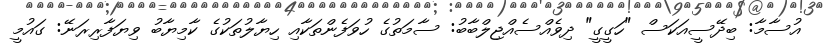
އުސާމާ: ބިދޭސީއަކަސް "ހަގީގީ" ދިވެއްސެއްޖިލްބާބު: ސާމަތުގެ ހުވަފެންތަކާއި ހިޔާލުތަކުގެ ކާމިޔާބު ވިޔަފާރިރަނޭ: ގައުމީ